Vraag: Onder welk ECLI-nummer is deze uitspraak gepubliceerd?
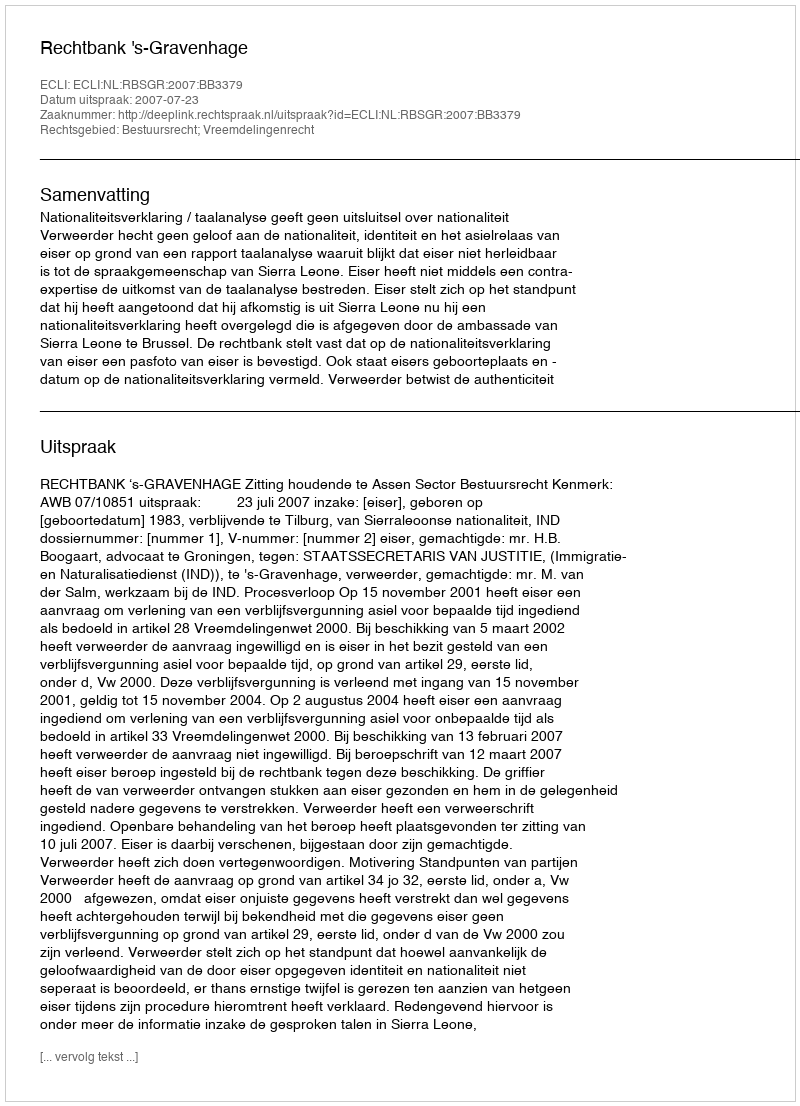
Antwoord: ECLI:NL:RBSGR:2007:BB3379